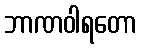
ဘာဏဝါရတော